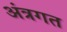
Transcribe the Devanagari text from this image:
अंत्रगत